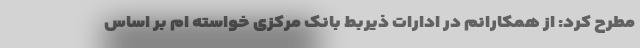
مطرح کرد: از همکارانم در ادارات ذیربط بانک مرکزی خواسته ام بر اساس